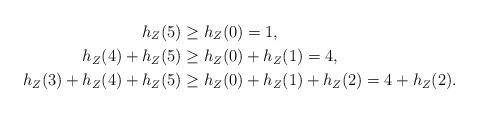
LaTeX: \begin{align*}h_Z(5) &\ge h_Z(0) = 1, \\h_Z(4)+h_Z(5) &\ge h_Z(0)+h_Z(1) = 4, \\h_Z(3)+h_Z(4)+h_Z(5) &\ge h_Z(0)+h_Z(1)+h_Z(2) = 4+h_Z(2).\end{align*}